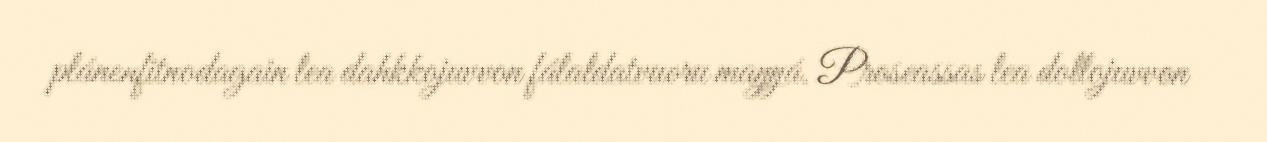
plánenfitnodagain lea dahkkojuvvon fálaldatvuoru maŋŋá. Proseassas lea dollojuvvon